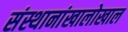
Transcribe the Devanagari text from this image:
संस्थानांखालोखाल